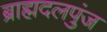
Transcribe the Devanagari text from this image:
ब्राह्मदलपुंज